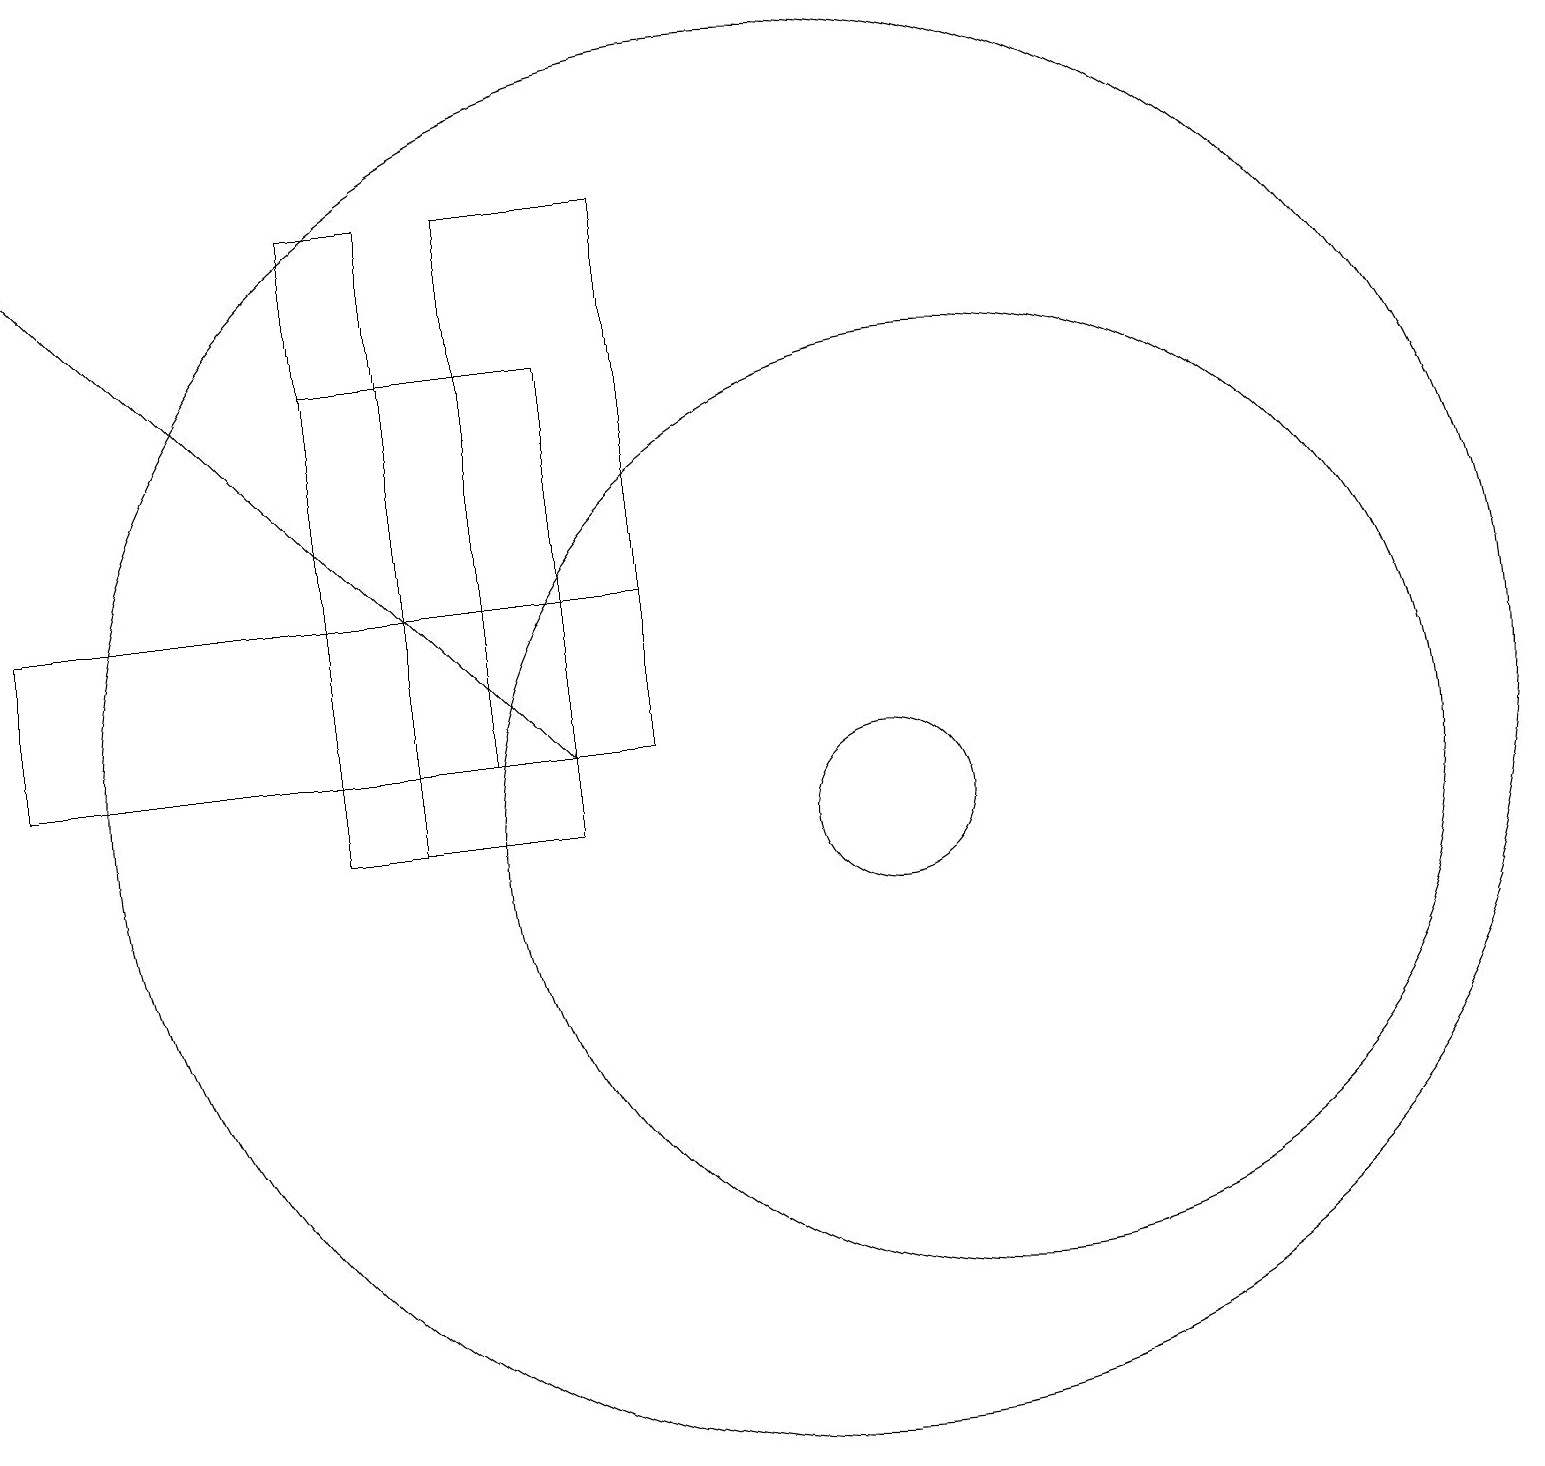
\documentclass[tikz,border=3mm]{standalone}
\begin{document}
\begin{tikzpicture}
\draw (5,18) rectangle (4,10);
\draw (0,13) rectangle (8,11);
\draw (12,10) circle (6);
\draw[->] (0,18) -- (7,11);
\draw (10,11) circle (9);
\draw (6,11) rectangle (8,18);
\draw (4,16) rectangle (7,10);
\draw (11,10) circle (1);
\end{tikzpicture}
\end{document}